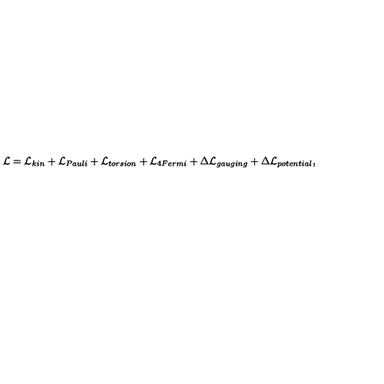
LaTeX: { \cal L } = { \cal L } _ { k i n } + { \cal L } _ { P a u l i } + { \cal L } _ { t o r s i o n } + { \cal L } _ { 4 F e r m i } + \Delta { \cal L } _ { g a u g i n g } + \Delta { \cal L } _ { p o t e n t i a l } ,